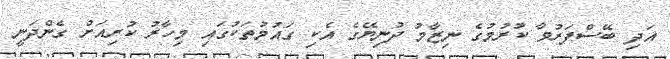
އަދި ބޭސްފަރުވާ ކުރުމުގެ ނިޒާމު ދުނިޔޭގެ އެކި ގައުމުތަކުގައި މިހާރު ކުރިއަށް ގެންދަނީ